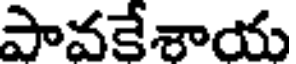
పావకేశాయ